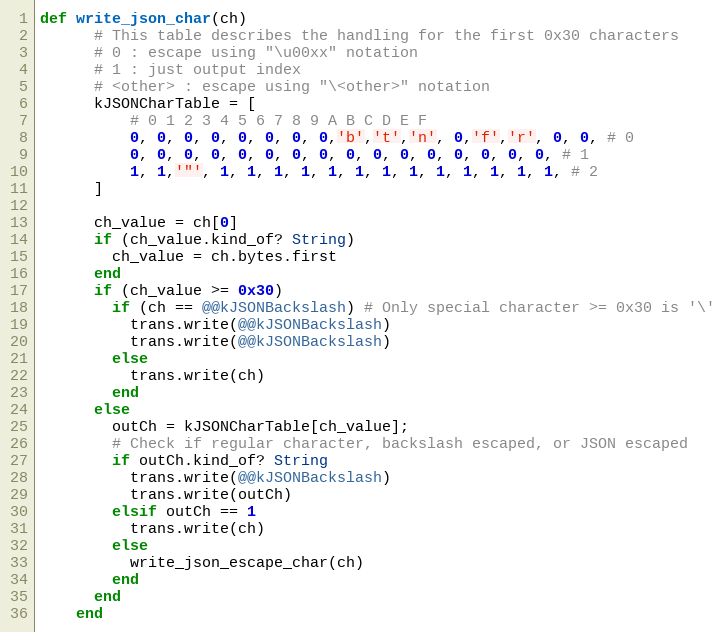
Language: Ruby
def write_json_char(ch)
      # This table describes the handling for the first 0x30 characters
      # 0 : escape using "\u00xx" notation
      # 1 : just output index
      # <other> : escape using "\<other>" notation
      kJSONCharTable = [
          # 0 1 2 3 4 5 6 7 8 9 A B C D E F
          0, 0, 0, 0, 0, 0, 0, 0,'b','t','n', 0,'f','r', 0, 0, # 0
          0, 0, 0, 0, 0, 0, 0, 0, 0, 0, 0, 0, 0, 0, 0, 0, # 1
          1, 1,'"', 1, 1, 1, 1, 1, 1, 1, 1, 1, 1, 1, 1, 1, # 2
      ]

      ch_value = ch[0]
      if (ch_value.kind_of? String)
        ch_value = ch.bytes.first
      end
      if (ch_value >= 0x30)
        if (ch == @@kJSONBackslash) # Only special character >= 0x30 is '\'
          trans.write(@@kJSONBackslash)
          trans.write(@@kJSONBackslash)
        else
          trans.write(ch)
        end
      else
        outCh = kJSONCharTable[ch_value];
        # Check if regular character, backslash escaped, or JSON escaped
        if outCh.kind_of? String
          trans.write(@@kJSONBackslash)
          trans.write(outCh)
        elsif outCh == 1
          trans.write(ch)
        else
          write_json_escape_char(ch)
        end
      end
    end